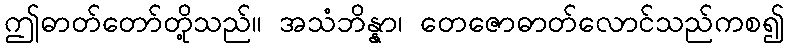
ဤဓာတ်တော်တို့သည်။ အသံဘိန္နာ၊ တေဇောဓာတ်လောင်သည်ကစ၍